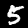
Digit: 5